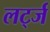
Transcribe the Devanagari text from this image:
लर्ट्ज